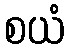
စယံ